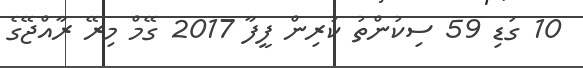
10 ގަޑި 59 ސިކުންތު ކުރިން ފީފާ 2017 ގޭމް މިރޭ ރާއްޖޭގެ